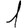
Digit: 1